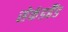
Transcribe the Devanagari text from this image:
सेकंडहैंड